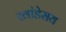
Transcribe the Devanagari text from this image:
खांडेराय